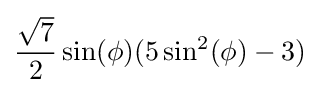
{\frac {\sqrt {7}}{2}}\sin(\phi )(5\sin ^{2}(\phi )-3)